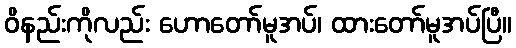
ဝိနည်းကိုလည်း ဟောတော်မူအပ်၊ ထားတော်မူအပ်ပြီ။